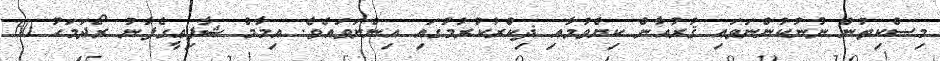
މިސްކިތުން ނުނުކުންނަވައި ޤުރުއާން ކިޔެވުމާއި ޛިކްރުކުރުމުގައި އިންނަވައެވެ. އިމާމް ޝާފިޢީގެފާނު ރޯދަމަހު 60